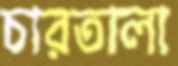
চারতালা